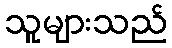
သူများသည်